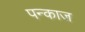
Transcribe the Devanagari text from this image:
पन्काज